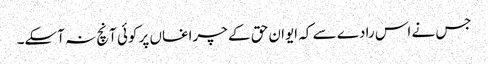
جس نے اس رادے سے کہ ایوان حق کے چراغاں پر کوئی آنچ نہ آسکے۔